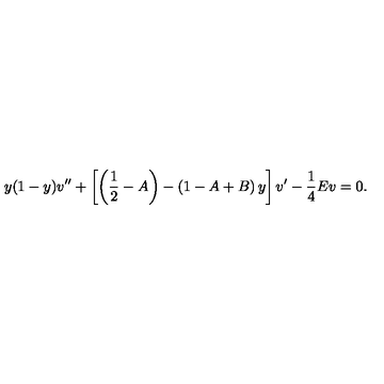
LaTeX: y ( 1 - y ) v ^ { \prime \prime } + \left[ \left( { \frac { 1 } { 2 } } - A \right) - \left( 1 - A + B \right) y \right] v ^ { \prime } - { \frac { 1 } { 4 } } E v = 0 .